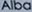
Alba